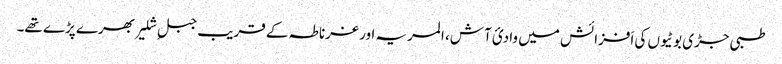
طبی جڑی بوٹیوں کی اَفزائش میں وادیٔ آش، المریہ اور غرناطہ کے قریب جبلِ شلیر بھرے پڑے تھے۔